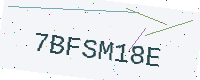
Text: 7BFSM18E